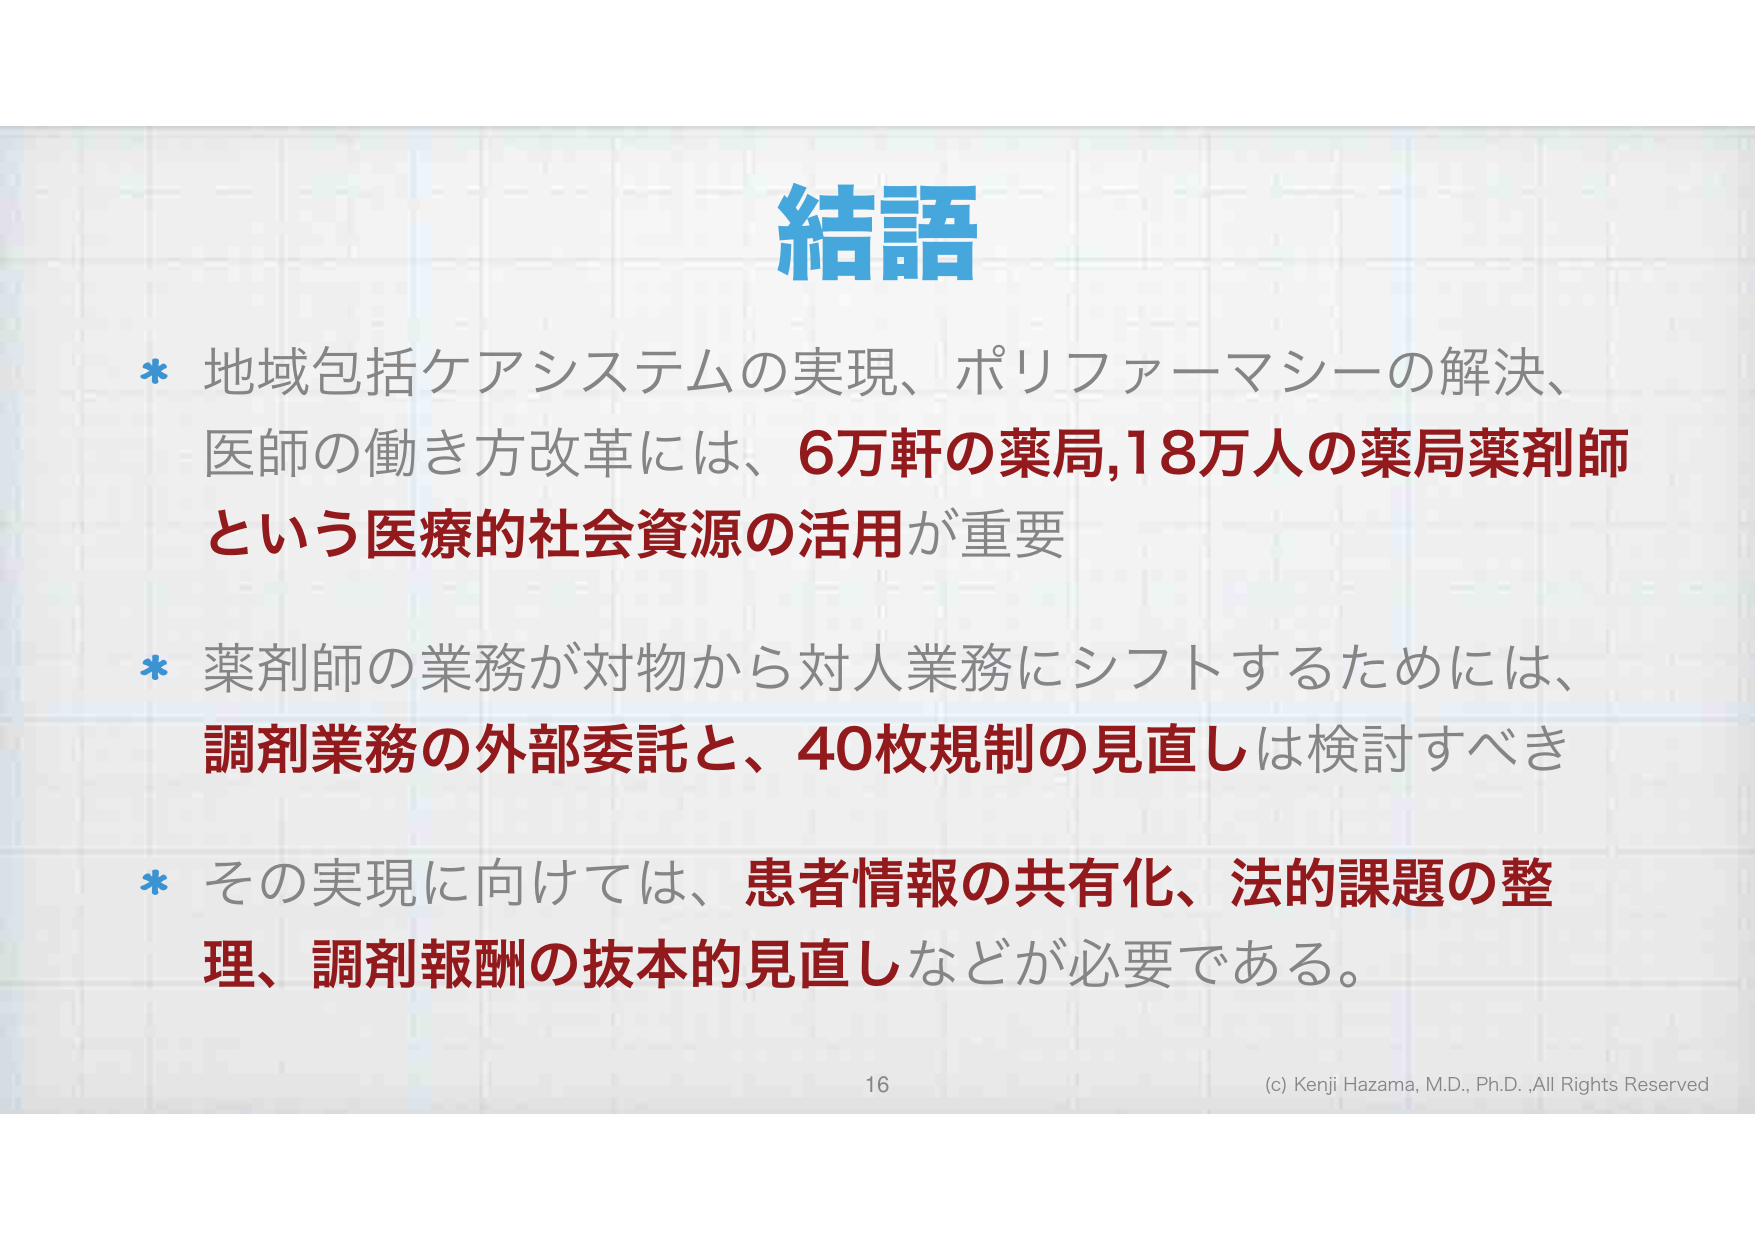
結語

* 地域包括ケアシステムの実現、ポリファーマシーの解決、
医師の働き方改革には、6万軒の薬局,18万人の薬局薬剤師
という医療的社会資源の活用が重要

* 薬剤師の業務が対物から対人業務にシフトするためには、
調剤業務の外部委託と、40枚規制の見直しは検討すべき

* その実現に向けては、患者情報の共有化、法的課題の整
理、調剤報酬の抜本的見直しなどが必要である。

16
(c) Kenji Hazama, M.D., Ph.D., All Rights Reserved